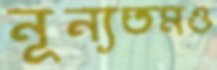
নূন্যতমও